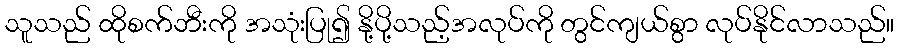
သူသည် ထိုစက်ဘီးကို အသုံးပြု၍ နို့ပို့သည့်အလုပ်ကို တွင်ကျယ်စွာ လုပ်နိုင်လာသည်။